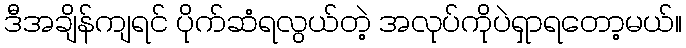
ဒီအချိန်ကျရင် ပိုက်ဆံရလွယ်တဲ့ အလုပ်ကိုပဲရှာရတော့မယ်။